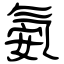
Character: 氨